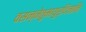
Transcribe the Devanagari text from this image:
वसन्नेतुमायुर्दिनानि